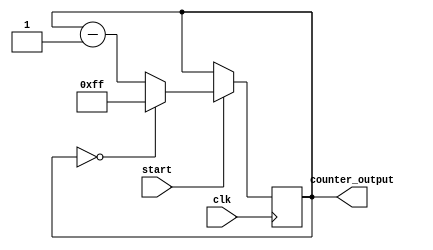
module mod256_down_counter(
  input clk, 
  input start,
  output reg [7:0] counter_output
  );
  
 
initial begin
counter_output = 8'b0;
end
 


always @ (posedge clk)
 begin
  if (start) begin
    if(counter_output == 8'b000000000) begin
	//$write("%b   ", counter_output);
	//$write("\\\\\\\\\\\\\\\\\\\\\\\\\\\\\\\\n");
      counter_output <= 8'b11111111;
         end
    else begin
      counter_output = counter_output - 1'b1;
	//$write("%b   ", counter_output);
	//$write("\\\\\\\\\\\\\\\\\\\\\\\\\\\\\\\\n");
         end
  end
 end
endmodule